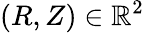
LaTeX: (R,Z)\in\mathbb{R}^{2}